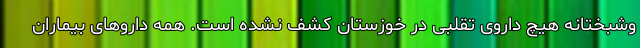
وشبختانه هیچ داروی تقلبی در خوزستان کشف نشده است. همه داروهای بیماران